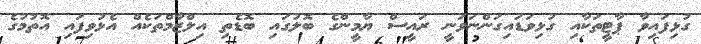
ގުޅިފައިވާ ޕާޓީތަކާއި ގުޅިވަޑައިގަންނަވަނީ ރައީސް ޔާމީންގެ ބޮލުގައި ބޮޑެތި އިލްޒާމްތަކެއް އެޅުވިފައި އޮތުމުގެ